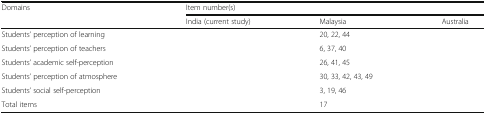
<table><thead><tr><td rowspan="2"><b>Domains</b></td><td colspan="3"><b>Item number(s)</b></td></tr><tr><td><b>India (current study)</b></td><td><b>Malaysia</b></td><td><b>Australia</b></td></tr></thead><tbody><tr><td>Students’ perception of learning</td><td>[EMPTY_CELL]</td><td>20, 22, 44</td><td>[EMPTY_CELL]</td></tr><tr><td>Students’ perception of teachers</td><td>[EMPTY_CELL]</td><td>6, 37, 40</td><td>[EMPTY_CELL]</td></tr><tr><td>Students’ academic self-perception</td><td>[EMPTY_CELL]</td><td>26, 41, 45</td><td>[EMPTY_CELL]</td></tr><tr><td>Students’ perception of atmosphere</td><td>[EMPTY_CELL]</td><td>30, 33, 42, 43, 49</td><td>[EMPTY_CELL]</td></tr><tr><td>Students’ social self-perception</td><td>[EMPTY_CELL]</td><td>3, 19, 46</td><td>[EMPTY_CELL]</td></tr><tr><td>Total items</td><td>[EMPTY_CELL]</td><td>17</td><td>[EMPTY_CELL]</td></tr></tbody></table>